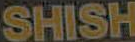
SHISH